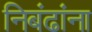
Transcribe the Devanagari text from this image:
निबंढांना